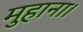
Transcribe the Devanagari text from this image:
मुहाना।